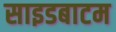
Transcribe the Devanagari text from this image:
साइडबाटम